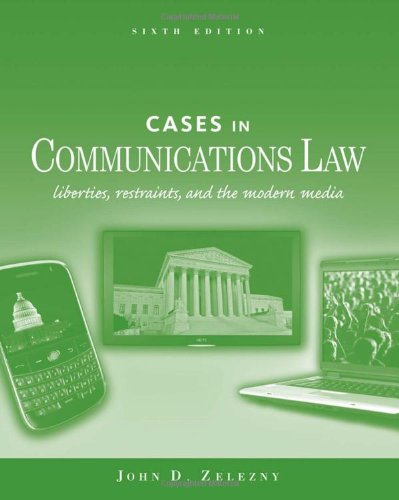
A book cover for Cases in Communications Law (General Mass Communication); John Zelezny; Law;